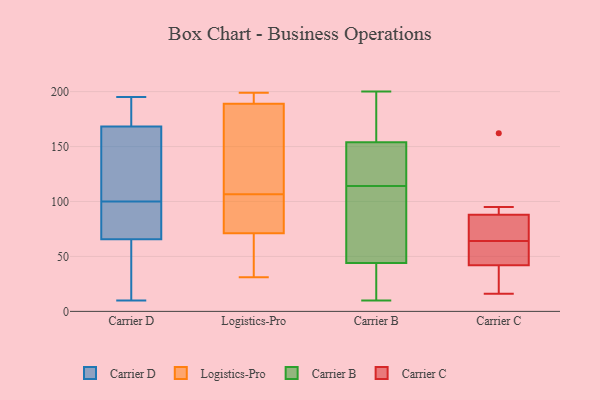
{"axis": {"x": "Tickets Resolved", "y": "Value"}, "legend": ["Carrier B", "Carrier C", "Carrier D", "Logistics-Pro"], "data": [{"x": "", "y": 10, "type": "Carrier D"}, {"x": "", "y": 195, "type": "Carrier D"}, {"x": "", "y": 152, "type": "Carrier D"}, {"x": "", "y": 84, "type": "Carrier D"}, {"x": "", "y": 53, "type": "Carrier D"}, {"x": "", "y": 181, "type": "Carrier D"}, {"x": "", "y": 61, "type": "Carrier D"}, {"x": "", "y": 80, "type": "Carrier D"}, {"x": "", "y": 89, "type": "Carrier D"}, {"x": "", "y": 191, "type": "Carrier D"}, {"x": "", "y": 166, "type": "Carrier D"}, {"x": "", "y": 100, "type": "Carrier D"}, {"x": "", "y": 125, "type": "Carrier D"}, {"x": "", "y": 39, "type": "Carrier D"}, {"x": "", "y": 169, "type": "Carrier D"}, {"x": "", "y": 199, "type": "Logistics-Pro"}, {"x": "", "y": 71, "type": "Logistics-Pro"}, {"x": "", "y": 31, "type": "Logistics-Pro"}, {"x": "", "y": 71, "type": "Logistics-Pro"}, {"x": "", "y": 116, "type": "Logistics-Pro"}, {"x": "", "y": 111, "type": "Logistics-Pro"}, {"x": "", "y": 34, "type": "Logistics-Pro"}, {"x": "", "y": 102, "type": "Logistics-Pro"}, {"x": "", "y": 62, "type": "Logistics-Pro"}, {"x": "", "y": 189, "type": "Logistics-Pro"}, {"x": "", "y": 196, "type": "Logistics-Pro"}, {"x": "", "y": 102, "type": "Logistics-Pro"}, {"x": "", "y": 195, "type": "Logistics-Pro"}, {"x": "", "y": 135, "type": "Logistics-Pro"}, {"x": "", "y": 44, "type": "Carrier B"}, {"x": "", "y": 132, "type": "Carrier B"}, {"x": "", "y": 175, "type": "Carrier B"}, {"x": "", "y": 12, "type": "Carrier B"}, {"x": "", "y": 80, "type": "Carrier B"}, {"x": "", "y": 144, "type": "Carrier B"}, {"x": "", "y": 28, "type": "Carrier B"}, {"x": "", "y": 102, "type": "Carrier B"}, {"x": "", "y": 126, "type": "Carrier B"}, {"x": "", "y": 200, "type": "Carrier B"}, {"x": "", "y": 10, "type": "Carrier B"}, {"x": "", "y": 154, "type": "Carrier B"}, {"x": "", "y": 189, "type": "Carrier B"}, {"x": "", "y": 59, "type": "Carrier B"}, {"x": "", "y": 41, "type": "Carrier C"}, {"x": "", "y": 66, "type": "Carrier C"}, {"x": "", "y": 83, "type": "Carrier C"}, {"x": "", "y": 88, "type": "Carrier C"}, {"x": "", "y": 54, "type": "Carrier C"}, {"x": "", "y": 62, "type": "Carrier C"}, {"x": "", "y": 95, "type": "Carrier C"}, {"x": "", "y": 54, "type": "Carrier C"}, {"x": "", "y": 68, "type": "Carrier C"}, {"x": "", "y": 34, "type": "Carrier C"}, {"x": "", "y": 91, "type": "Carrier C"}, {"x": "", "y": 16, "type": "Carrier C"}, {"x": "", "y": 162, "type": "Carrier C"}, {"x": "", "y": 42, "type": "Carrier C"}]}